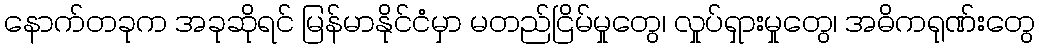
နောက်တခုက အခုဆိုရင် မြန်မာနိုင်ငံမှာ မတည်ငြိမ်မှုတွေ၊ လှုပ်ရှားမှုတွေ၊ အဓိကရုဏ်းတွေ